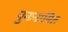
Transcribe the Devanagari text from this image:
पुनःनामित